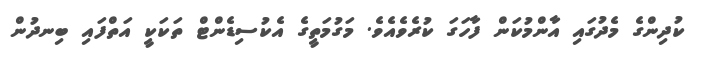
ކުދިންގެ މެދުގައި އާންމުކަން ފާހަގަ ކުރެވެއެވެ. މަގުމަތީގެ އެކުސިޑެންޓް ތަކަކީ އަތްފައި ބިނދުން